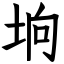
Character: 垧